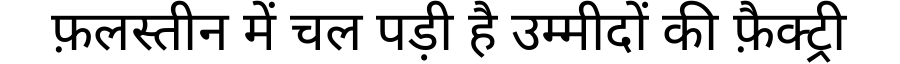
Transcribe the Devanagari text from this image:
फ़लस्तीन में चल पड़ी है उम्मीदों की फ़ैक्ट्री